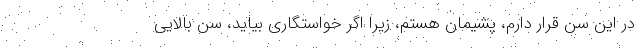
در این سن قرار دارم، پشیمان هستم، زیرا اگر خواستگاری بیاید، سن بالایی